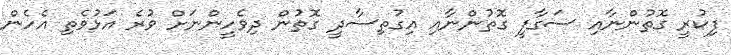
ފިކުރީ ގޮތުންނާއި ސަގާފީ ގޮތުންނާއި އިގުތިސާދީ ގޮތުން ދިވެހީންނަށް ވުރެ އަޅުވެތި އެހެން